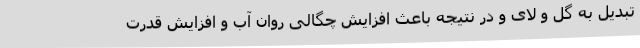
تبدیل به گل و لای و در نتیجه باعث افزایش چگالی روان آب و افزایش قدرت